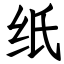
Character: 纸